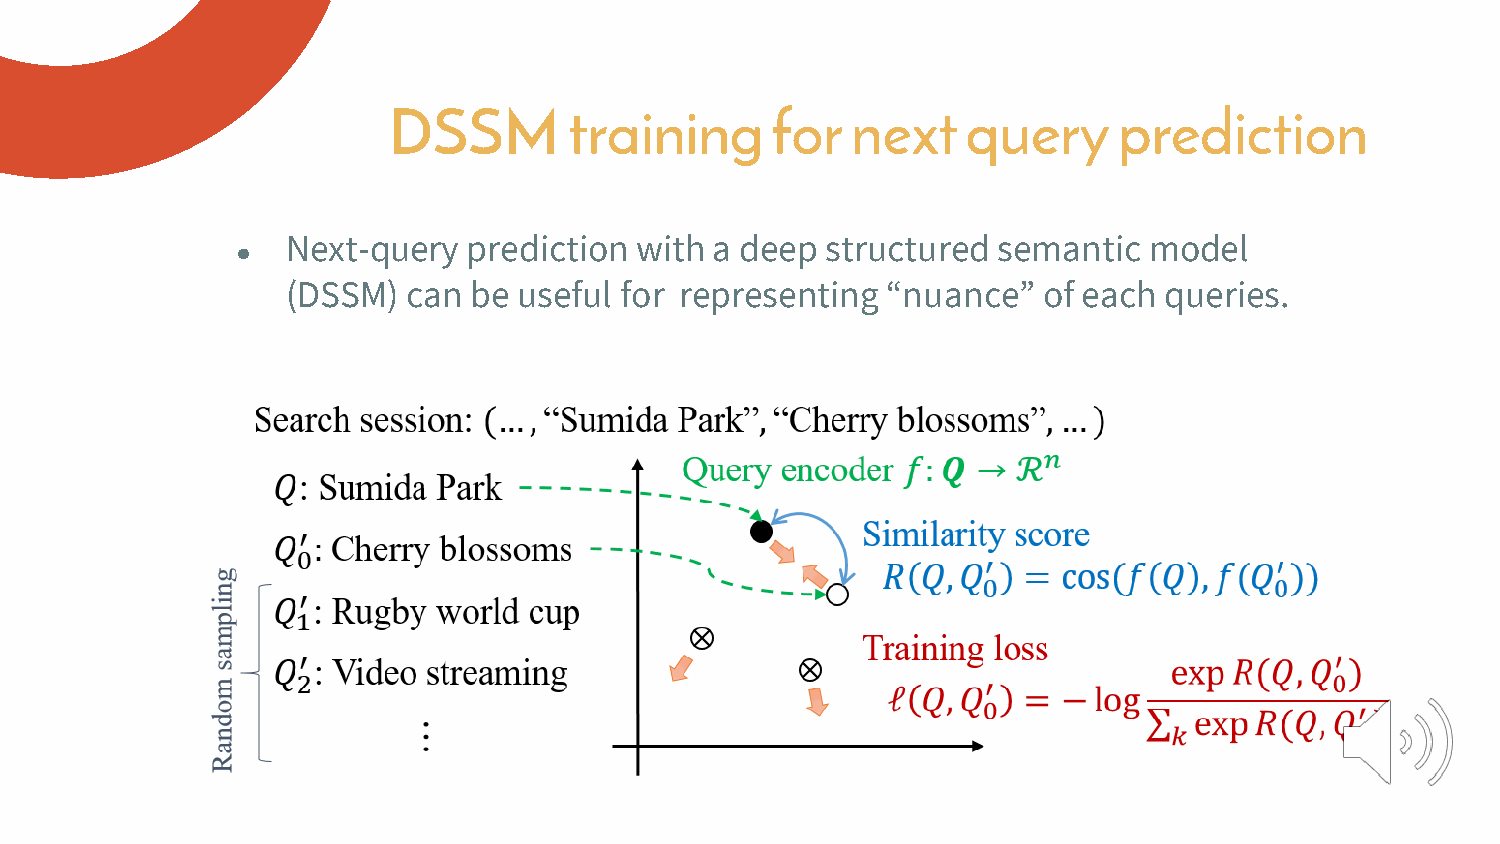
DSSM        training     for  next    query     prediction
 Next-query  prediction with a deep  structured semantic  model
 ●
 (DSSM)  can be useful for representing  “nuance”  of each queries.